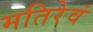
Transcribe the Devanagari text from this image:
मतिरेवं